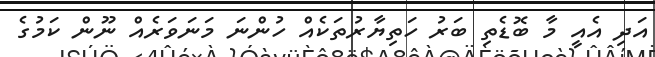
އަދި އެއީ މާ ބޮޑެތި ބަރު ހަތިޔާރުތަކެއް ހުންނަ މަނަވަރެއް ނޫން ކަމުގެ